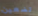
تضعين